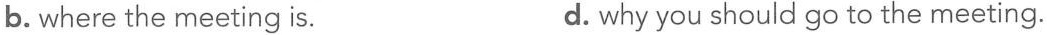
b. where the meeting is. d. why you should go to the meeting.